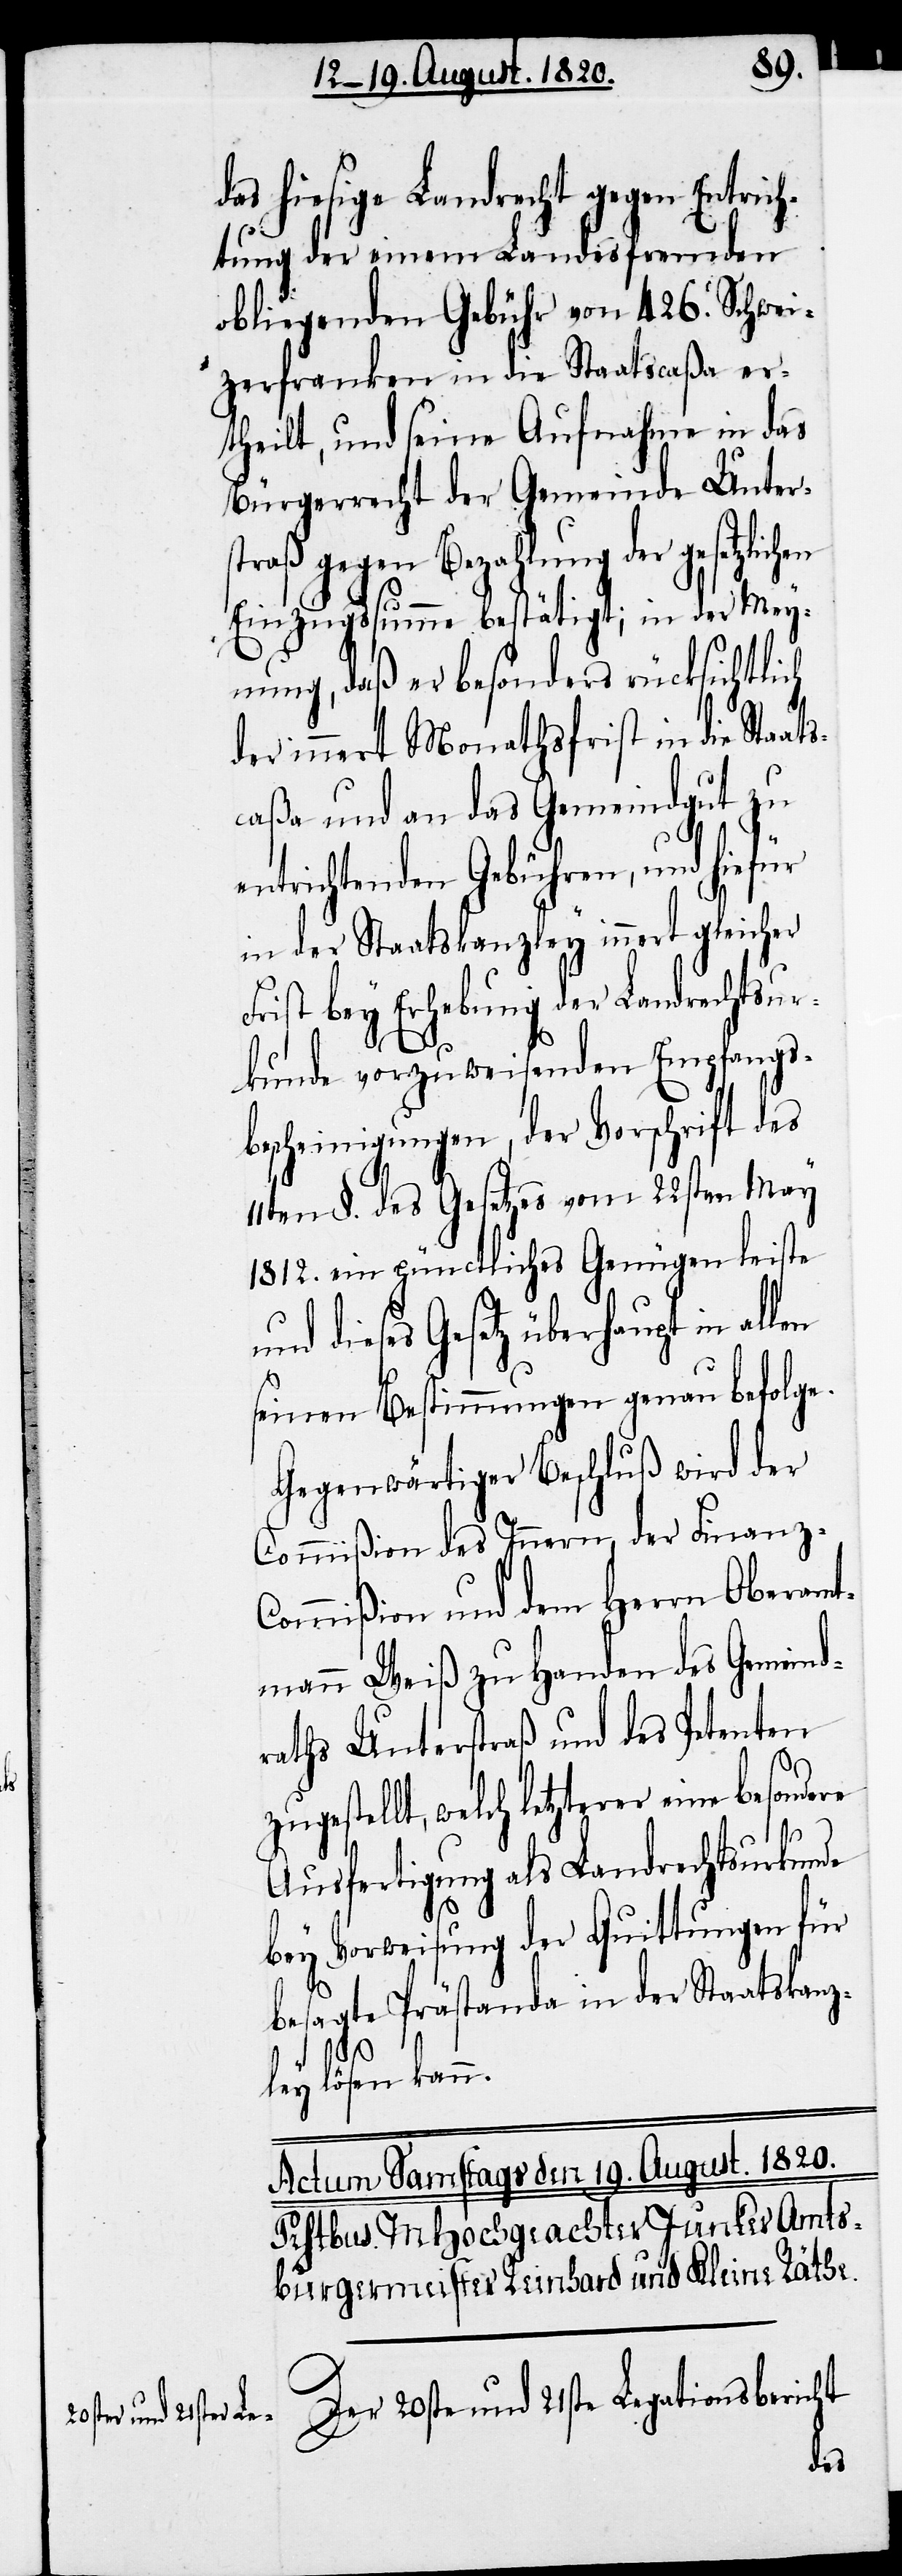
das hiesige Landrecht gegen Entwick¬
lung der einem Landesfremden
obliegenden Gebühr von 426. Schwei¬
zerfranken in die Staatscaßa er¬
theilt, und seine Aufnahme in das
Bürgerrecht der Gemeinde Unter¬
straß gegen Bezahlung der gesetzlic¬
Einzugssumme bestätigt; in der Mey¬
nung, daß er besonders rücksichtlich
der innert Monathsfrist in die Staat¬
scaßa und an das Gemeindgut zu
entrichtenden Gebühren, und hiefür
in der Staatskanzley innert gleicher
Frist bey Erhebung der Landrechtsur¬
kunde vorzuweisenden Empfangs¬
bescheinigungen, der Vorschrift des
11ten §. des Gesetzes vom 22sten May
1812. ein pünctliches Genügen leiste
und dieses Gesetz überhaupt in allen
seinen Bestimmungen genau befolge.
Gegenwärtiger Beschluß wird der
Commißion des Innern, der Finanz-C¬
ommißion und dem Herrn Oberamt¬
mann Weiß zu Handen des Gemeind¬
raths Unterstraß und des Petenten
zugestellt, welch letzterer eine besondere
Ausfertigung als Landrechtsurkunde
bey Vorweisung der Quittungen für
besagte Prästanda in der Staatskanz¬
ley lösen kann.
Der 20ste und 21ste Legationsbericht
hen